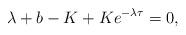
LaTeX: \begin{align*}\lambda+b-K+Ke^{-\lambda\tau}=0,\end{align*}